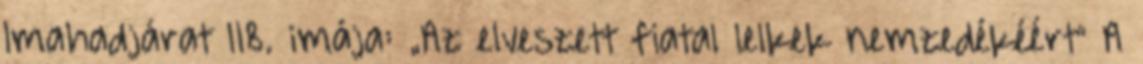
Imahadjárat 118. imája: „Az elveszett fiatal lelkek nemzedékéért” A